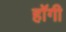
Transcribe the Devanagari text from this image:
हॉगी